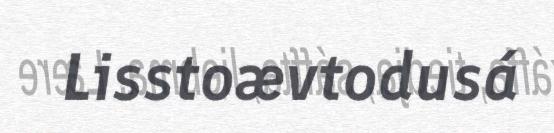
Lisstoævtodusá